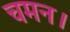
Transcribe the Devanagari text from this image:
चमन।